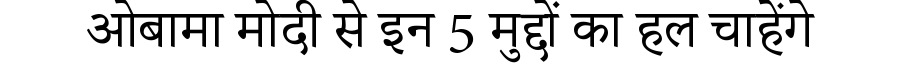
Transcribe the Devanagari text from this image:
ओबामा मोदी से इन 5 मुद्दों का हल चाहेंगे